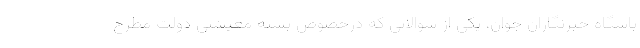
باشگاه خبرنگاران جوان، یکی از سوالاتی که درخصوص بسته معیشتی دولت مطرح